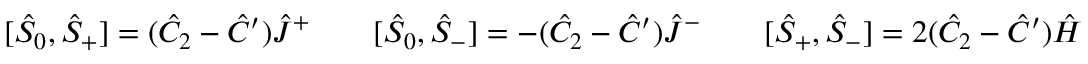
[ \hat { S } _ { 0 } , \hat { S } _ { + } ] = ( \hat { C } _ { 2 } - \hat { C } ^ { \prime } ) \hat { J } ^ { + } \qquad [ \hat { S } _ { 0 } , \hat { S } _ { - } ] = - ( \hat { C } _ { 2 } - \hat { C } ^ { \prime } ) \hat { J } ^ { - } \qquad [ \hat { S } _ { + } , \hat { S } _ { - } ] = 2 ( \hat { C } _ { 2 } - \hat { C } ^ { \prime } ) \hat { H }